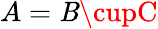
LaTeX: A=\mathit{B}\cupC